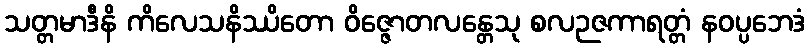
သတ္တမာဒီနိ ကိလေသနိဿိတော ဝိဇ္ဇောတလန္တေသု စလဉဇကာရတ္တံ နဝပ္ပဘေဒံ